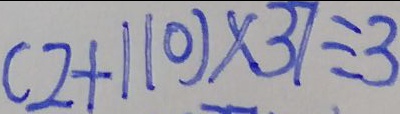
( 2 + 1 1 0 ) \times 3 7 \div 3